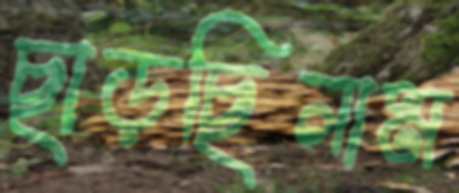
ছাড়ছিলাম